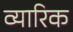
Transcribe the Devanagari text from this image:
व्यारिक